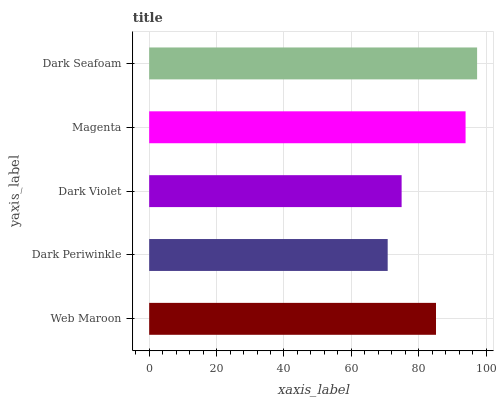
| yaxis_label | bars |
 | --- | --- |
 | Web Maroon | 85.1 |
 | Dark Periwinkle | 70.8 |
 | Dark Violet | 74.9 |
 | Magenta | 93.9 |
 | Dark Seafoam | 97.3 |